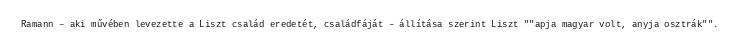
Ramann – aki művében levezette a Liszt család eredetét, családfáját – állítása szerint Liszt ""apja magyar volt, anyja osztrák"".